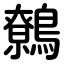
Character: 鷯